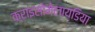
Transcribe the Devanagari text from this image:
क्राइसोमेलायडिया